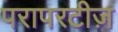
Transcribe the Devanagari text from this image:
परापरटीज़